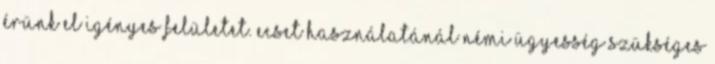
érünk el igényes felületet. Ecset használatánál némi ügyesség szükséges